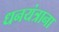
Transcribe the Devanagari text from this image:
धनयंत्राना